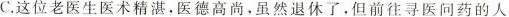
C.这位老医生医术精湛，医德高尚，虽然退休了，但前往寻医问药的人